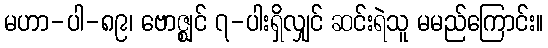
မဟာ-ပါ-၈၉၊ ဗောဇ္ဈင် ၇-ပါးရှိလျှင် ဆင်းရဲသူ မမည်ကြောင်း။